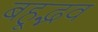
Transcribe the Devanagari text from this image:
बहूद्भव